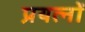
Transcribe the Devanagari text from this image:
प्रयत्‍नों